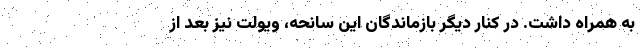
به همراه داشت. در کنار دیگر بازماندگان این سانحه، ویولت نیز بعد از